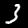
Label: 3